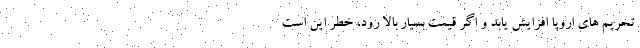
تحریم های اروپا افزایش یابد و اگر قیمت بسیار بالا رود، خطر این است